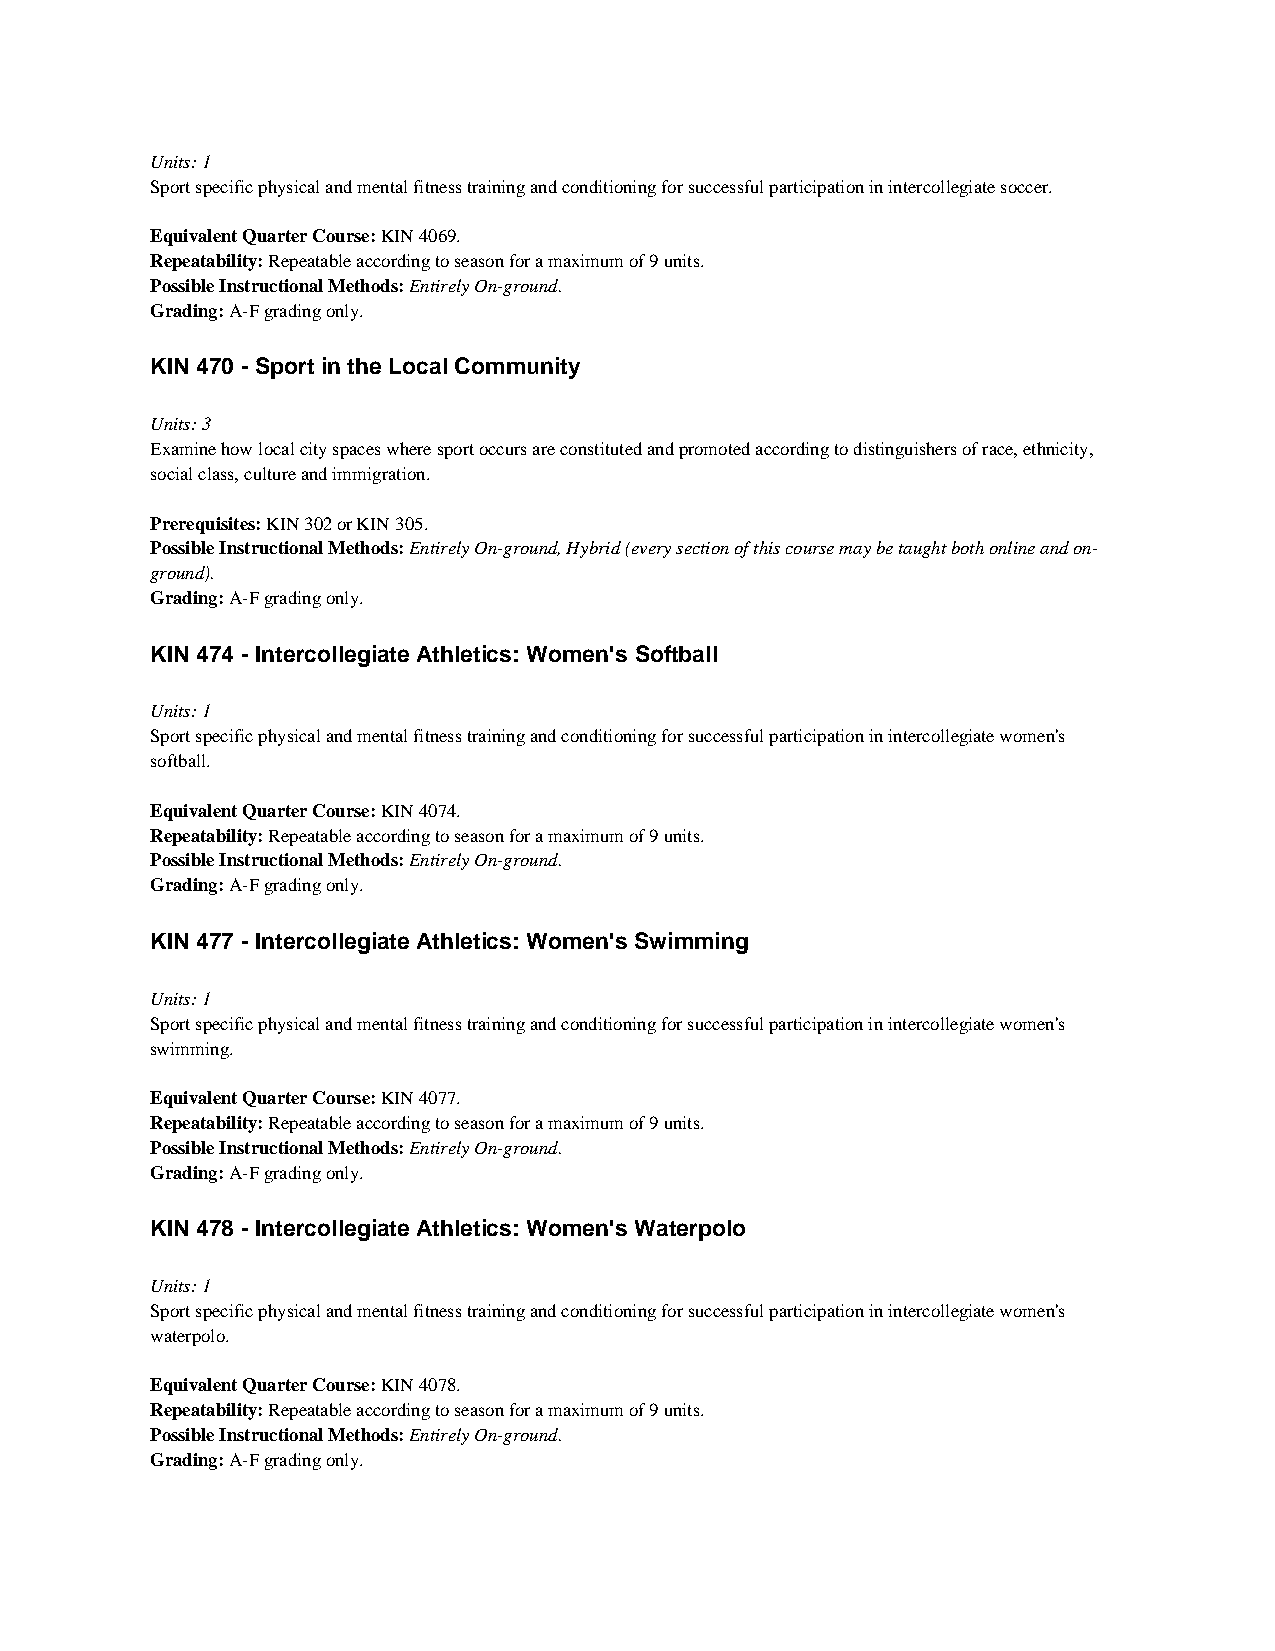
Units: 1
 Sport specific physical and mental fitness training and conditioning for successful participation in intercollegiate soccer.
 Equivalent Quarter Course: KIN 4069.
 Repeatability: Repeatable according to season for a maximum of 9 units.
 Possible Instructional Methods: Entirely On-ground.
 Grading: A-F grading only.
 KIN 470 - Sport in the Local Community
 Units: 3
 Examine how local city spaces where sport occurs are constituted and promoted according to distinguishers of race, ethnicity,
 social class, culture and immigration.
 Prerequisites: KIN 302 or KIN 305.
 Possible Instructional Methods: Entirely On-ground, Hybrid (every section of this course may be taught both online and on-
 ground).
 Grading: A-F grading only.
 KIN 474 - Intercollegiate Athletics: Women's Softball
 Units: 1
 Sport specific physical and mental fitness training and conditioning for successful participation in intercollegiate women's
 softball.
 Equivalent Quarter Course: KIN 4074.
 Repeatability: Repeatable according to season for a maximum of 9 units.
 Possible Instructional Methods: Entirely On-ground.
 Grading: A-F grading only.
 KIN 477 - Intercollegiate Athletics: Women's Swimming
 Units: 1
 Sport specific physical and mental fitness training and conditioning for successful participation in intercollegiate women's
 swimming.
 Equivalent Quarter Course: KIN 4077.
 Repeatability: Repeatable according to season for a maximum of 9 units.
 Possible Instructional Methods: Entirely On-ground.
 Grading: A-F grading only.
 KIN 478 - Intercollegiate Athletics: Women's Waterpolo
 Units: 1
 Sport specific physical and mental fitness training and conditioning for successful participation in intercollegiate women's
 waterpolo.
 Equivalent Quarter Course: KIN 4078.
 Repeatability: Repeatable according to season for a maximum of 9 units.
 Possible Instructional Methods: Entirely On-ground.
 Grading: A-F grading only.